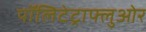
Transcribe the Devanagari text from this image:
पॉलिटेट्राफ्लुओर